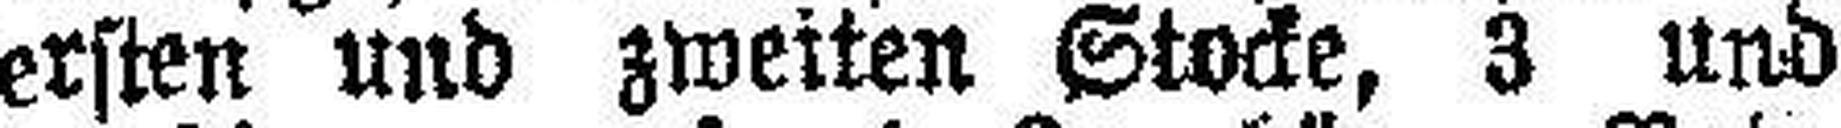
ersten und zweiten Stocke, 3 und